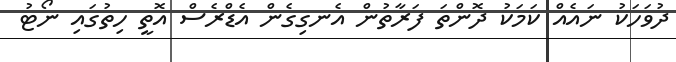
ދުވަހަކު ނައެއް ކަމަކު ދޮންތަ ފަރާތުން އެނގިގެން އެޑްރެސް އޮތީ ހިތުގައި ނޯޓު